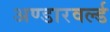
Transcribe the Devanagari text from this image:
अण्डारवर्ल्ड